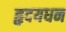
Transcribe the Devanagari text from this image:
हृदयधन